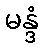
မန္ဒံ